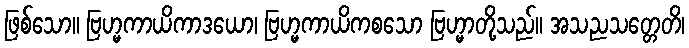
ဖြစ်သော။ ဗြဟ္မကာယိကာဒယော၊ ဗြဟ္မကာယိကစသော ဗြဟ္မာတို့သည်။ အသညသတ္တေတိ၊